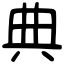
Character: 典